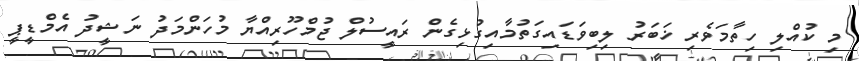
މި ކުއްލި ހިތާމަވެރި ޚަބަރު ލިބިވަޑައިގަތުމާއިގުޅިގެން ރައީސުލް ޖުމްހޫރިއްޔާ މުހަންމަދު ނަޝީދު އެމްޑީޕީ